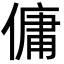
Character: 傭